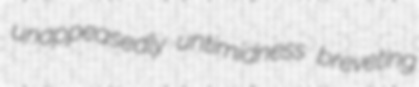
unappeasedly untimidness breveting